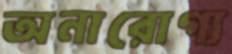
অনারোগ্য